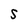
Character: S